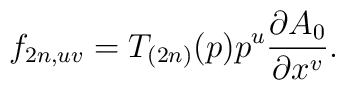
f_{2n,uv}=T_{(2n)}(p)p^u\frac{\partial A_0}{\partial x^v}.